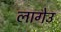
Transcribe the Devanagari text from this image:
लागेउ